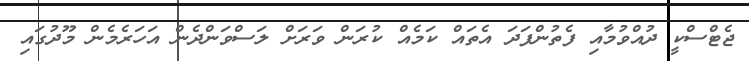
ޖެޓްސްކީ ދުއްވުމާއި ފެތުންފަދަ އެތައް ކަމެއް ކުރަން ވަރަށް ލަސްވަންދެން އަހަރެމެން މޫދުގައި